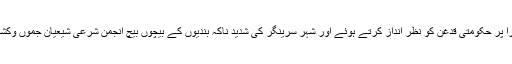
ادھر ایک بیان کے مطابق آبی گزر لالچوک سرینگر سے برآمد ہونے والے تاریخی جلوس عاشورا پر حکومتی قدغن کو نظر انداز کرتے ہوئے اور شہر سرینگر کی شدید ناکہ بندیوں کے بیچوں بیچ انجمن شرعی شیعیان جموں وکشمیر کے سینکڑوں کارکنوں نے مولانا آزاد روڑ پر اچانک نمودار ہوکر جلوس عاشورا برآمد کیا۔